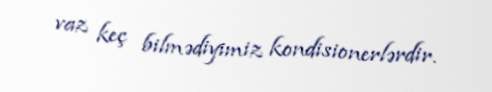
vaz keç bilmədiyimiz kondisionerlərdir.